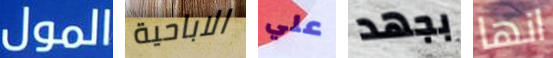
المول الاباحية علي بجهد انها